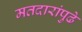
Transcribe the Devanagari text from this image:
मतदारांपुढे